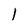
Character: 1